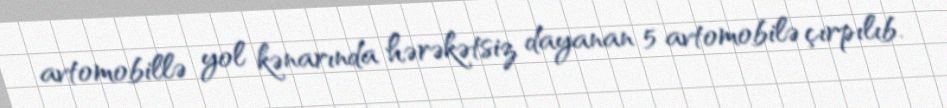
avtomobillə yol kənarında hərəkətsiz dayanan 5 avtomobilə çırpılıb.